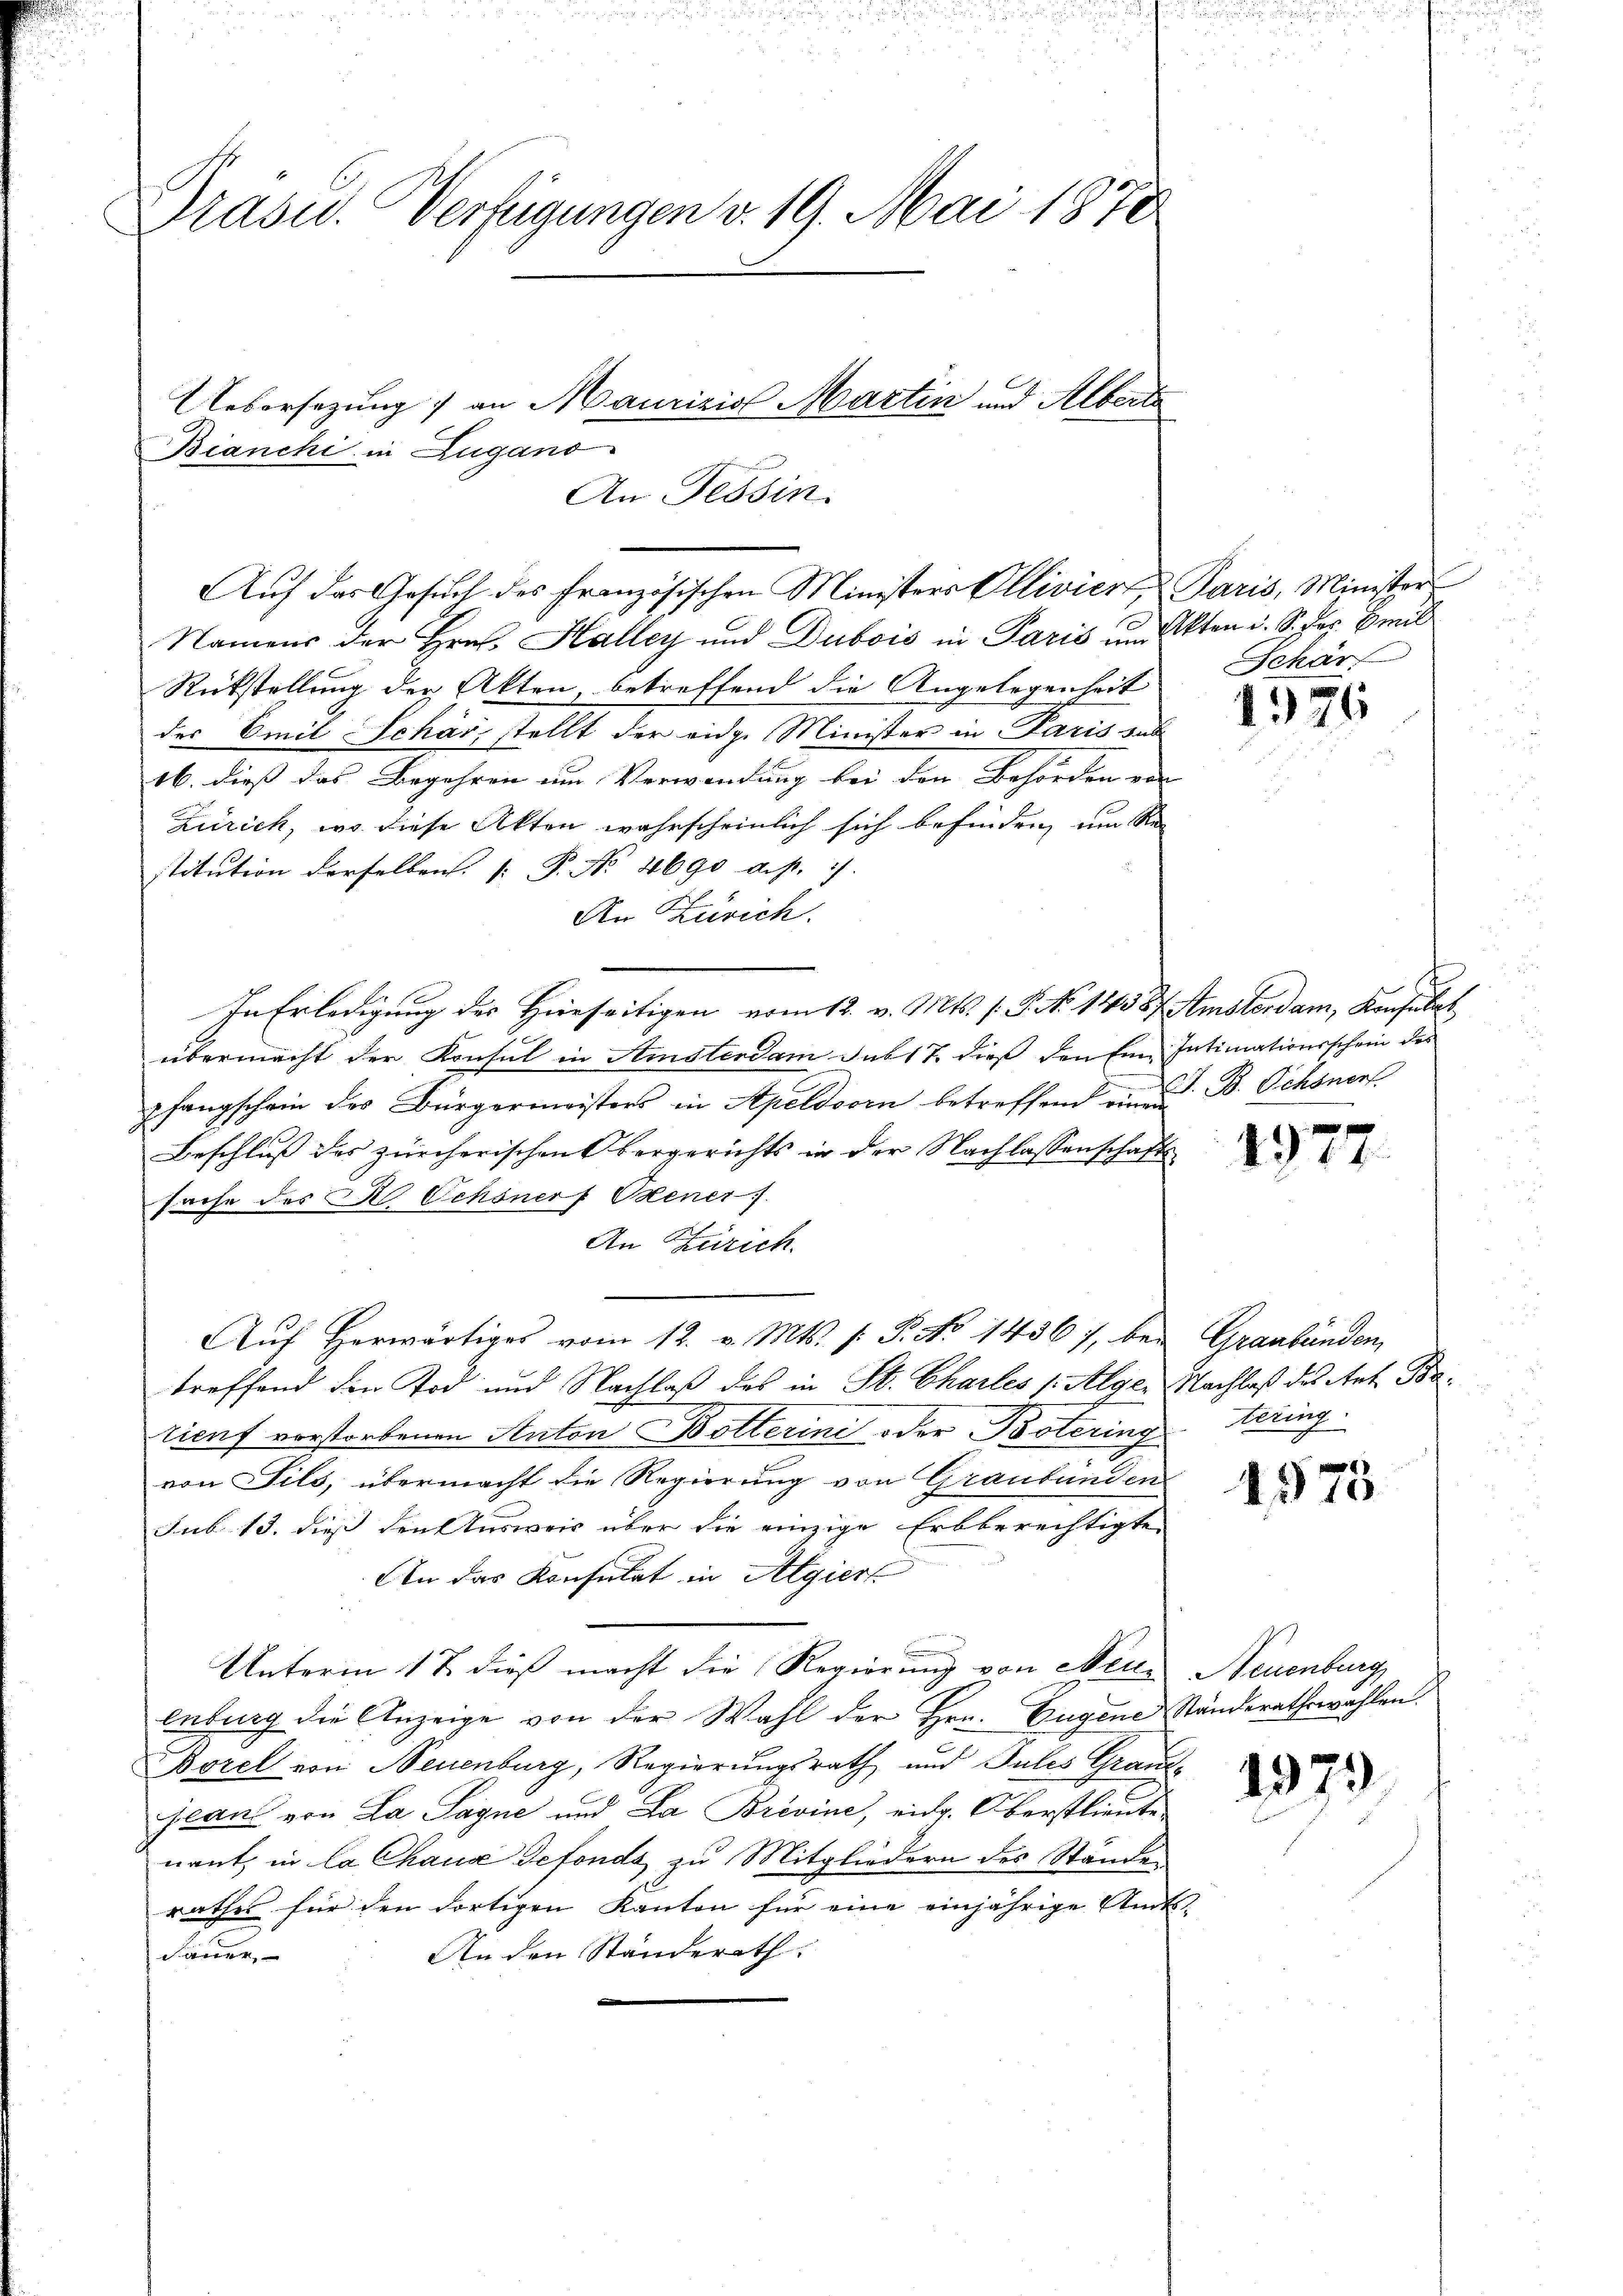
2
Präsid. Verfügungen v. 19. Mai 1878
Uebersezung) an Maurizio Martin und Alberts
Bianchi in Zugano
An Tessin.

Namens der Hrn. Halley und Dubois in Paris und Akten u. S. der Emil
Rückstellung der Akten betreffend die Angelegenheit
des Emil Schar, stellt der eidge Minister in Paris aus
16. dieß das Begehren um Verwendung bei den Behörden von
Zürich, wo diese Akten wahrscheinlich sich befinden, um Re
stitution derselben.  P. No. 4690 d.h. 1.
An Zürich.
In Erledigung des Hierseitigen vom 12. v. Mts. (: P. No 14587 Amsterdam, Konsulat
übermacht der Konsul in Amsterdam sub 17. dieß den Ein Intimationsschein des
pfangschein des Bürgermeisters in Apeldoorn betreffend an S. B. Schöner
Beschluß des zürcherischens Vergerichts in der Nachlassenschafts
sache des des Ochsnerf Okener.
An Zürich.
Aŭf herwärtiges vom 12. v. Mts. /: P. No 14567, bei Graubünden,
treffend den Tod und Nachlaß des in St. Charles (Alger Nachlaß des Ant. Ba
ricuf vorstorbenen Anton Botterini oder Boteringering
von Fils, übermacht die Regierung von Graubünden
Sub 13. dieß den Ausweis über die einzige Erbberechtigten
An das Konsulat in Algier
Unterm 17. dieß macht die Regierung von Neile Neuenburg,
luburg die Anzeige von der Wahl der Hrn. Eugene Ständerathswahlen.
Borel von Neuenburg, Regierungsrath und Tules Grand¬
Jean von La Sagne und La Brevine, eidg. Oberstlieute
nant, in la Chaux defonds zu Mitgliedern des Ständen
rathes für den dortigen Kanton für eine einjährige Amts¬
An den Ständerath
Sauer,
.

Auf das Gesuch des Französischen Ministers Ellivier Paris, Minister

Schär

1376

f
214

1975

197.